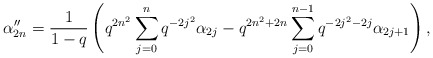
\begin{align*} \alpha''_{2n} = \frac{1}{1-q}\left(q^{2n^2}\sum_{j=0}^{n}q^{-2j^2}\alpha_{2j} - q^{2n^2+2n}\sum_{j=0}^{n-1}q^{-2j^2-2j}\alpha_{2j+1}\right),\end{align*}